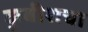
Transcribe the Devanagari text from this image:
कुबीशचा